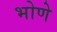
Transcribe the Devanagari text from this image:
भोणे